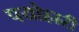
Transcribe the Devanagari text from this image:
पयोहारी